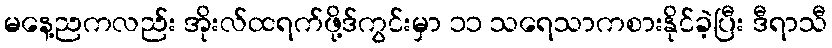
မနေ့ညကလည်း အိုးလ်ထရက်ဖို့ဒ်ကွင်းမှာ ၁၁ သရေသာကစားနိုင်ခဲ့ပြီး ဒီရာသီ